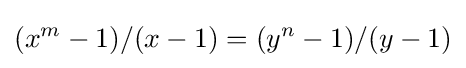
(x^{m}-1)/(x-1)=(y^{n}-1)/(y-1)